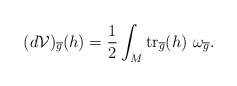
\begin{align*}(d\mathcal{V})_{\overline{g}}(h) = \displaystyle\frac{1}{2} \displaystyle\int_{M} \mbox{tr}_{\overline{g}}(h) \ \omega_{\overline{g}}.\end{align*}